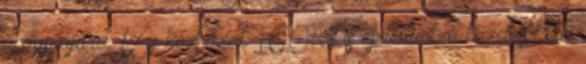
a duplájára: Új kórházat 160-at is építettünk a kezdetekkor